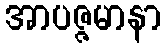
အာပဇ္ဇမာနာ